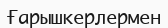
Ғарышкерлермен